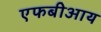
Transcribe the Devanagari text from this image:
एफबीआय